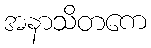
အနာသိတကေ